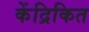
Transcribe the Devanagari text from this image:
केंद्रिकित